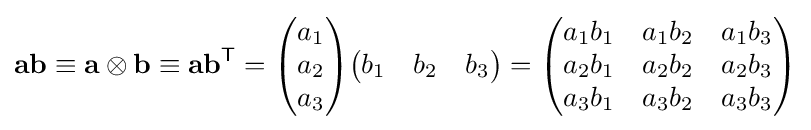
\mathbf {ab} \equiv \mathbf {a} \otimes \mathbf {b} \equiv \mathbf {ab} ^{\mathsf {T}}={\begin{pmatrix}a_{1}\\a_{2}\\a_{3}\end{pmatrix}}{\begin{pmatrix}b_{1}&b_{2}&b_{3}\end{pmatrix}}={\begin{pmatrix}a_{1}b_{1}&a_{1}b_{2}&a_{1}b_{3}\\a_{2}b_{1}&a_{2}b_{2}&a_{2}b_{3}\\a_{3}b_{1}&a_{3}b_{2}&a_{3}b_{3}\end{pmatrix}}